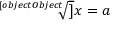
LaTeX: { \sqrt [ [object Object] ] { x } } = a